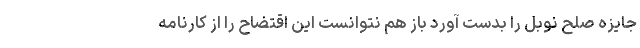
جایزه صلح نوبل را بدست آورد باز هم نتوانست این اقتضاح را از کارنامه